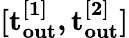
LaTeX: \mathbf{[t_{out}^{[1]},t_{out}^{[2]}]}